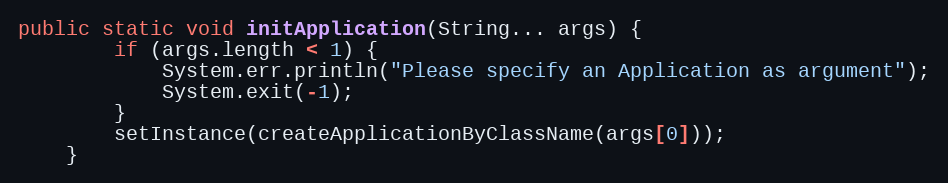
Language: Java
public static void initApplication(String... args) {
		if (args.length < 1) {
			System.err.println("Please specify an Application as argument");
			System.exit(-1);
		}
		setInstance(createApplicationByClassName(args[0]));
	}